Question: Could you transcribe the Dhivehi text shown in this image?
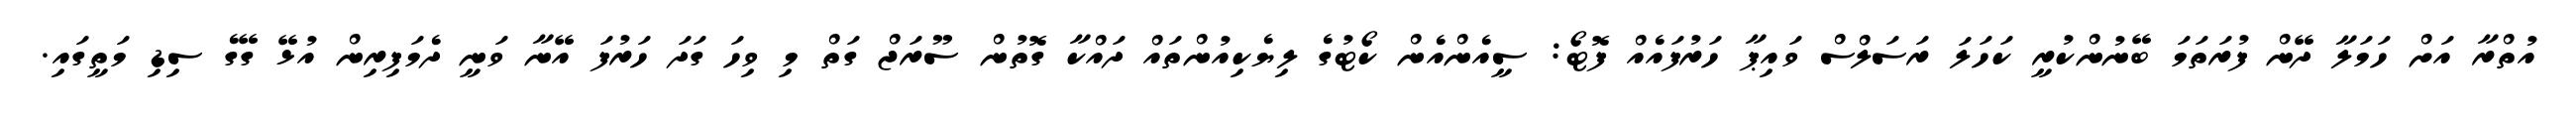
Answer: އުތްރާ އަށް ހަމަލާ ދޭން ފުރަތަމަ ބޭނުންކުރީ ކަހަލަ ރަސަލްސް ވައިޕާ ހަރުފައެއް ފޮޓޯ: ސީއެންއެން ކޯޓުގެ ލިޔެކިއުންތައް ދައްކާ ގޮތުން ސޫރަޖް ގަތް މި ވިހަ ގަދަ ހަރުފަ އޭނާ ވަނީ ދެމަފިރިން އުޅޭ ގޭގެ ސިޑި މަތީގައި.